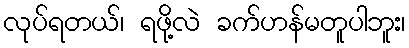
လုပ်ရတယ်၊ ရဖို့လဲ ခက်ဟန်မတူပါဘူး၊